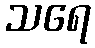
သရေ